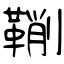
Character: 鞩